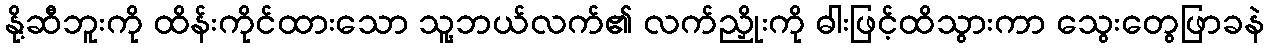
နို့ဆီဘူးကို ထိန်းကိုင်ထားသော သူ့ဘယ်လက်၏ လက်ညှိုးကို ဓါးဖြင့်ထိသွားကာ သွေးတွေဖြာခနဲ